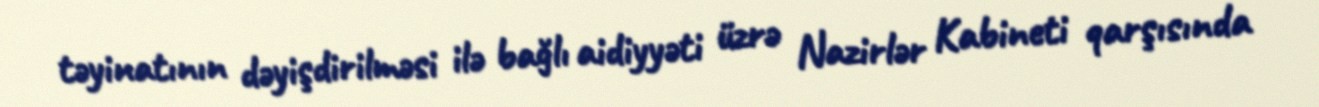
təyinatının dəyişdirilməsi ilə bağlı aidiyyəti üzrə Nazirlər Kabineti qarşısında